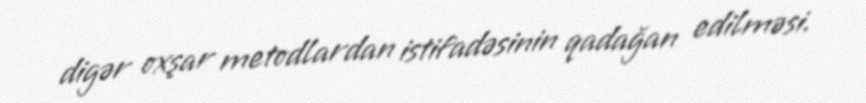
digər oxşar metodlardan istifadəsinin qadağan edilməsi.